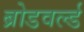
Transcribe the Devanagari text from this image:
ब्रोडवर्ल्ड